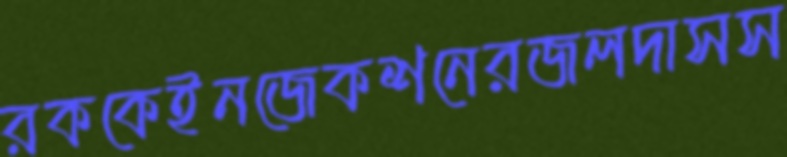
রককেইনজেকশনেরজলদাসস